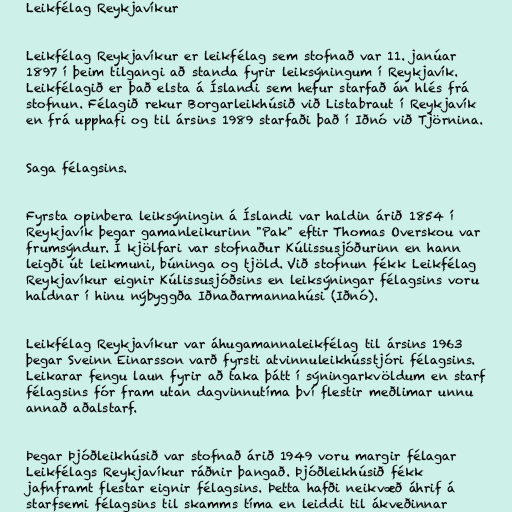
Leikfélag Reykjavíkur

Leikfélag Reykjavíkur er leikfélag sem stofnað var 11. janúar
1897 í þeim tilgangi að standa fyrir leiksýningum í Reykjavík.
Leikfélagið er það elsta á Íslandi sem hefur starfað án hlés frá
stofnun. Félagið rekur Borgarleikhúsið við Listabraut í Reykjavík
en frá upphafi og til ársins 1989 starfaði það í Iðnó við Tjörnina.

Saga félagsins.

Fyrsta opinbera leiksýningin á Íslandi var haldin árið 1854 í
Reykjavík þegar gamanleikurinn "Pak" eftir Thomas Overskou var
frumsýndur. Í kjölfari var stofnaður Kúlissusjóðurinn en hann
leigði út leikmuni, búninga og tjöld. Við stofnun fékk Leikfélag
Reykjavíkur eignir Kúlissusjóðsins en leiksýningar félagsins voru
haldnar í hinu nýbyggða Iðnaðarmannahúsi (Iðnó).

Leikfélag Reykjavíkur var áhugamannaleikfélag til ársins 1963
þegar Sveinn Einarsson varð fyrsti atvinnuleikhússtjóri félagsins.
Leikarar fengu laun fyrir að taka þátt í sýningarkvöldum en starf
félagsins fór fram utan dagvinnutíma því flestir meðlimar unnu
annað aðalstarf.

Þegar Þjóðleikhúsið var stofnað árið 1949 voru margir félagar
Leikfélags Reykjavíkur ráðnir þangað. Þjóðleikhúsið fékk
jafnframt flestar eignir félagsins. Þetta hafði neikvæð áhrif á
starfsemi félagsins til skamms tíma en leiddi til ákveðinnar